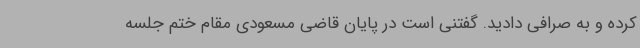
کرده و به صرافی دادید. گفتنی است در پایان قاضی مسعودی مقام ختم جلسه